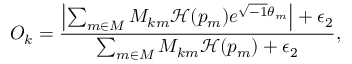
O _ { k } = \frac { \left| \sum _ { m \in { \cal { M } } } { \cal M } _ { k m } \mathcal { H } ( p _ { m } ) e ^ { \sqrt { - 1 } \theta _ { m } } \right| + \epsilon _ { 2 } } { \sum _ { m \in { \cal { M } } } { \cal M } _ { k m } \mathcal { H } ( p _ { m } ) + \epsilon _ { 2 } } ,